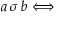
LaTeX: a \, \sigma \, b \Longleftrightarrow